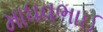
માધવભાઈ